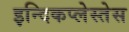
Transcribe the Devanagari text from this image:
इन्दिकप्लेस्तेस